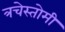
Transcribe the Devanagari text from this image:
त्रचेस्तोमी